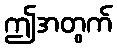
ဤအတွက်